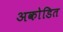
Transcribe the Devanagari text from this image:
अकोडित